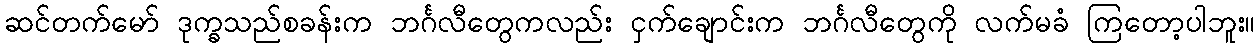
ဆင်တက်မော် ဒုက္ခသည်စခန်းက ဘင်္ဂလီတွေကလည်း ငှက်ချောင်းက ဘင်္ဂလီတွေကို လက်မခံ ကြတော့ပါဘူး။